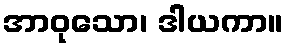
အာဝုသော၊ ဒါယကာ။